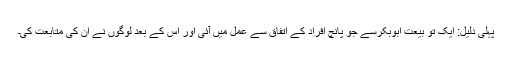
پہلی دلیل: ایک تو بیعت ابوبکرسے جو پانچ افراد کے اتفاق سے عمل میں آئی اور اس کے بعد لوگوں نے ان کی متابعت کی۔